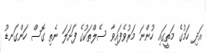
އަދި ހަމުގެ މަތީގައި ހުންނަ މަރުވެފައިވާ ސެލްތަކުގެ ފަށަލަ ނެތި ގޮސް ހަންގަނޑު